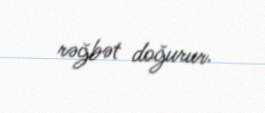
rəğbət doğurur.